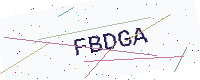
Text: FBDGA